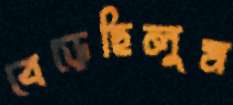
বেড়েছিলুম